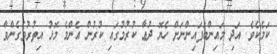
ކަމެކެވެ. އަދި މައިންބަފައިންނަށް ހެޔޮ ދުޢާ ކުރުމުގައި ކުރުން އެންމެ މޮޅު އިތުރުވެގެންވާ